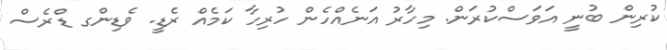
ކުރިން ބުނީ އަވަސްކުރަން. މިހާރު އަނެއްހެން ހުރިހާ ކަމެއް ރެޑީ. ވެޑިންގ ޑްރެސް